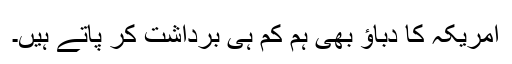
امریکہ کا دباؤ بھی ہم کم ہی برداشت کر پاتے ہیں۔